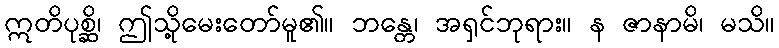
ဣတိပုစ္ဆိ၊ ဤသို့မေးတော်မူ၏။ ဘန္တေ၊ အရှင်ဘုရား။ န ဇာနာမိ၊ မသိ။